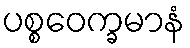
ပစ္စဝေက္ခမာနံ